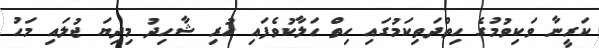
ކަރީނާ ވަކިވުމުގެ ހިތްދަތިކަމުގައި ހިތް ހަލާކުވެފައި ހުރި ޝާހިދު މިދިޔަ ޖުލައި މަހު